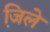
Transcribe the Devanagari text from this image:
जि़ले